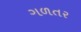
ગળતર